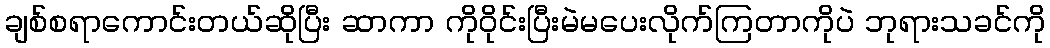
ချစ်စရာကောင်းတယ်ဆိုပြီး ဆာကာ ကိုဝိုင်းပြီးမဲမပေးလိုက်ကြတာကိုပဲ ဘုရားသခင်ကို